Medical and sanitary report of the native army of Bengal for the year
Year: 1877
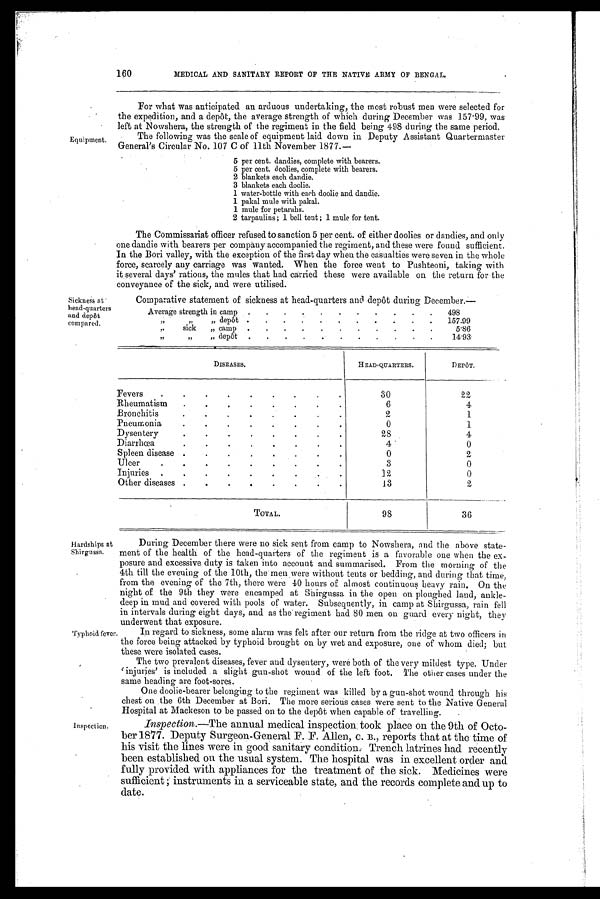
160
MEDICAL AND SANITARY REPORT OF THE NATIVE ARMY OF BENGAL.
Equipment
Sickness at
head-quarters
and depôt
compared.
For what was anticipated an arduous undertaking, the most robust men were selected for
the expedition, and a depôt, the average strength of which during December was 157.99. was
left at Nowshera, the strength of the regiment in the field being 4.98 during the same period.
The following was the scale of equipment laid down in Deputy Assistant Quartermaster
General's Circular No. 107 C of 11th November 1877.—
5 per cent. dandies, complete with bearers.
5 per cent. doolies, complete with bearers.
2 blankets each dandie.
3 blankets each doolie.
1 water-bottle with each doolie and dandie.
1 pakal mule with pakal.
1 mule for petarahs.
2 tarpaulins; 1 bell tent ; 1 mule for tent.
The Commissariat officer refused to sanction 5 per cent. of either doolies or dandies, and only
one dandie with bearers per company accompanied the regiment, and these were found sufficient.
In the Bori valley, with the exception of the first day when the casualties were seven in the whole
force, scarcely any carriage was wanted. When the force went to Pushteoni, taking with
it several days' rations, the mules that had carried these were available on the return for the
conveyance of the sick, and were utilised.
Comparative statement of sickness at head-quarters and depôt during December.—
Average strength in camp .
.
.
.
.
.
.
.
.
.
498
„
„
„ depôt .
.
.
.
.
.
.
.
.
.
.
157.99
,.
sick
„ camp .
.
.
.
.
.
.
.
.
.
.
5.86
„
„
„
depôt .
.
.
.
.
.
.
.
. .
14.93
DISEASES.
HEAD-QUARTERS.
DEPÔT.
Fevers.
.
.
.
.
.
.
. .
.
3 0
22
Rheumatis
.
. .
.
•
.
•
.
6
4
Bronchiti
.
.
.
.
.
.
.
.
2
1
Pneumoni
.
.
.
.
.
.
.
.
0
Dysenter
.
.
.
.
.
.
.
.
2 8
Diarrhoe
.
.
.
.
.
.
.
.
4
0
Spleen diseas
.
.
. .
.
.
.
.
0
2
Ulcer.
.
. .
.
.
.
.
.
3
0
Injuries
.
.
.
.
.
.
.
12
0
Other diseases
.
.
.
.
.
.
.
1.3
2
TOTAL.
98
36
Hardships at
Shirgussa.
Typhoid fever
Inspection.
During December there were no sick sent from camp to Nowshera, and the above state-
ment of the health of the head-quarters of the regiment is a favorable one when the ex-
posure and excessive duty is taken into account and summarised. From the morning of the
4th till the evening of the 10th, the men were without tents or bedding, and during that time,
from the evening of the 7th, there were 40 hours of almost continuous heavy rain. On the
night of the 9th they were encamped at Shirgussa in the open on ploughed land, ankle-
deep in mud and covered with pools of water. Subsequently, in camp at Shirgussa, rain fell
in intervals during eight days, and as the regiment had 80 men on guard every night, they
underwent that exposure.
In regard to sickness, some alarm was felt after our return from the ridge at two officers in
the force being attacked by typhoid brought on by wet and exposure, one of whom died; but
these were isolated cases.
The two prevalent diseases, fever and dysentery, were both of the very mildest type. Under
'injuries' is included a slight gun-shot wound of the left foot. The other cases under the
same heading are foot-sores.
One doolie-bearer belonging to the regiment was killed by a gun-shot wound through his
chest on the 6th December at Bori. The more serious cases were sent to the Native General
Hospital at Mackeson to be passed on to the depôt when capable of travelling.
Inspection.—The annual medical inspection took place on the 9th of Octo-
ber 1877. Deputy Sureon-General F. F. Allen, C. B., reports that at the time of
his visit the lines were in good sanitary condition. Trench latrines had recently
been established on. the usual system. The hospital was in excellent order and
fully provided with appliances for the treatment of the sick. Medicines were
sufficient; instruments in a serviceable state, and the records complete and up to
date.